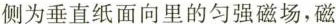
侧为垂直纸面向里的匀强磁场，磁